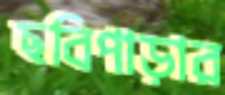
ছবিপাড়ার